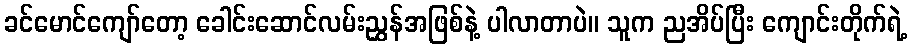
ခင်မောင်ကျော်တော့ ခေါင်းဆောင်လမ်းညွှန်အဖြစ်နဲ့ ပါလာတာပဲ။ သူက ညအိပ်ပြီး ကျောင်းတိုက်ရဲ့